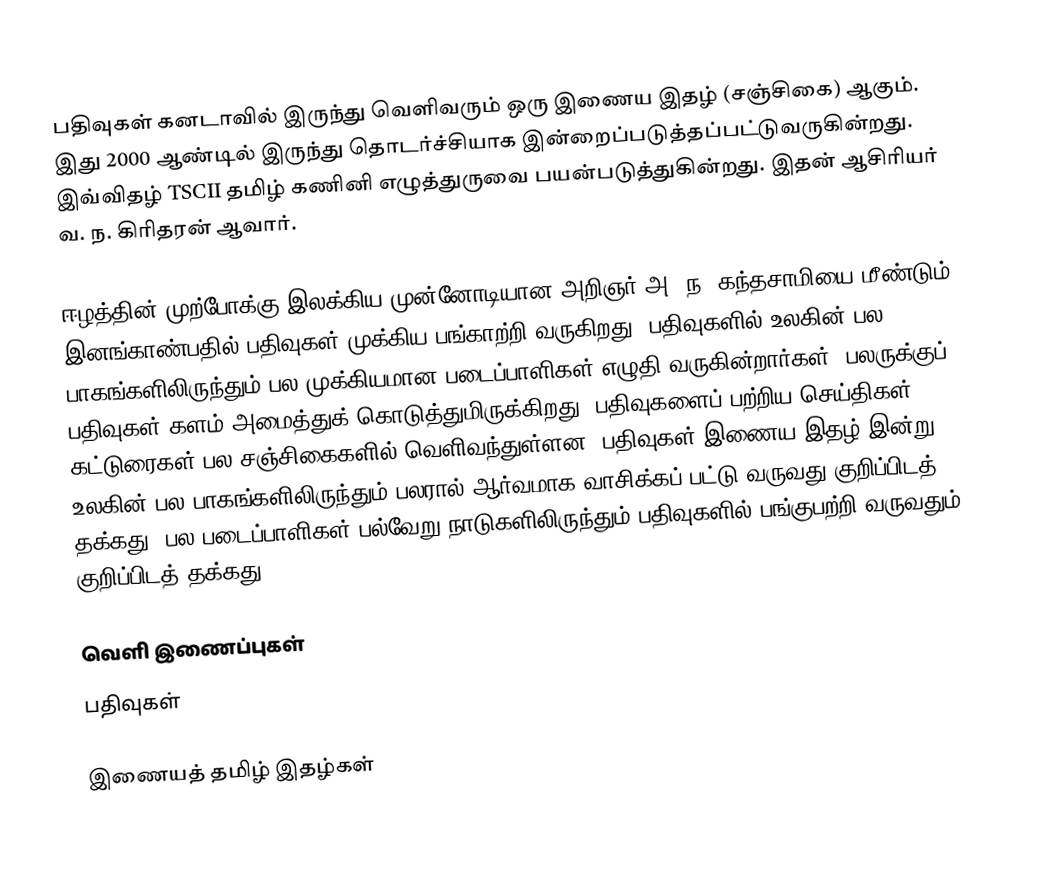
பதிவுகள் கனடாவில் இருந்து வெளிவரும் ஒரு இணைய இதழ் (சஞ்சிகை) ஆகும்.  இது 2000 ஆண்டில் இருந்து தொடர்ச்சியாக இன்றைப்படுத்தப்பட்டுவருகின்றது.  இவ்விதழ் TSCII தமிழ் கணினி எழுத்துருவை பயன்படுத்துகின்றது.  இதன் ஆசிரியர் வ. ந. கிரிதரன் ஆவார்.

ஈழத்தின் முற்போக்கு இலக்கிய முன்னோடியான அறிஞர் அ. ந. கந்தசாமியை மீண்டும்  இனங்காண்பதில் பதிவுகள் முக்கிய பங்காற்றி வருகிறது. பதிவுகளில் உலகின் பல பாகங்களிலிருந்தும் பல முக்கியமான படைப்பாளிகள் எழுதி வருகின்றார்கள். பலருக்குப் பதிவுகள் களம் அமைத்துக் கொடுத்துமிருக்கிறது. பதிவுகளைப் பற்றிய செய்திகள், கட்டுரைகள் பல சஞ்சிகைகளில் வெளிவந்துள்ளன. பதிவுகள் இணைய இதழ் இன்று உலகின் பல பாகங்களிலிருந்தும் பலரால் ஆர்வமாக வாசிக்கப் பட்டு வருவது குறிப்பிடத் தக்கது. பல படைப்பாளிகள் பல்வேறு நாடுகளிலிருந்தும் பதிவுகளில் பங்குபற்றி வருவதும் குறிப்பிடத் தக்கது.

வெளி இணைப்புகள்
 பதிவுகள்

இணையத் தமிழ் இதழ்கள்